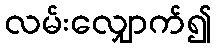
လမ်းလျှောက်၍